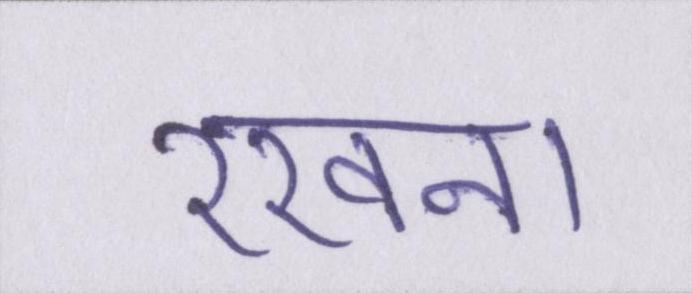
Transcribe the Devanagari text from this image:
रखना